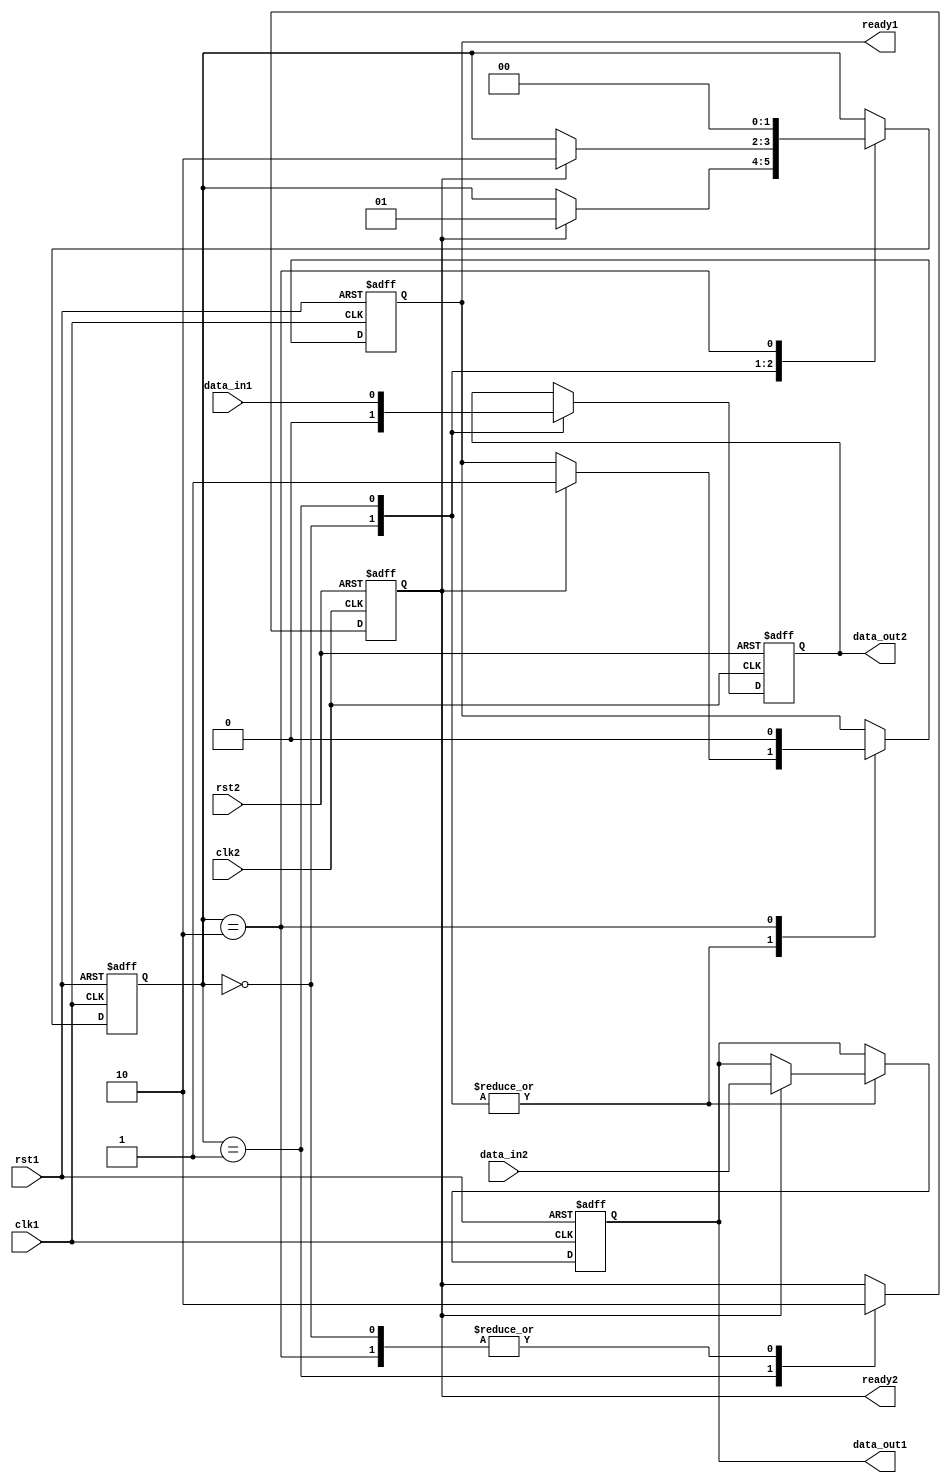
module Synchronizer (
    input wire clk1,
    input wire rst1,
    input wire data_in1,
    output reg data_out1,
    output reg ready1,
    input wire clk2,
    input wire rst2,
    input wire data_in2,
    output reg data_out2,
    output reg ready2
);

reg [1:0] state;
parameter IDLE = 2'b00;
parameter SYNC = 2'b01;
parameter DONE = 2'b10;

always @(posedge clk1 or negedge rst1) begin
    if (!rst1) begin
        state <= IDLE;
        data_out1 <= 1'b0;
        ready1 <= 1'b0;
    end else begin
        case (state)
            IDLE: begin
                if (ready2) begin
                    data_out1 <= data_in2;
                    ready1 <= 1'b1;
                    state <= SYNC;
                end
            end
            SYNC: begin
                if (ready2) begin
                    data_out1 <= data_in2;
                    ready1 <= 1'b1;
                    state <= DONE;
                end
            end
            DONE: begin
                ready1 <= 1'b0;
                state <= IDLE;
            end
        endcase
    end
end

always @(posedge clk2 or negedge rst2) begin
    if (!rst2) begin
        data_out2 <= 1'b0;
        ready2 <= 1'b0;
    end else begin
        case (state)
            IDLE: begin
                data_out2 <= 1'b0;
                ready2 <= 1'b0;
            end
            SYNC: begin
                data_out2 <= data_in1;
                ready2 <= 1'b1;
            end
            DONE: begin
                ready2 <= 1'b0;
            end
        endcase
    end
end

endmodule